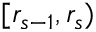
[ r _ { s - 1 } , r _ { s } )